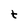
Character: t